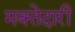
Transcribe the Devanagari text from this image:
मक्‍तेदारी